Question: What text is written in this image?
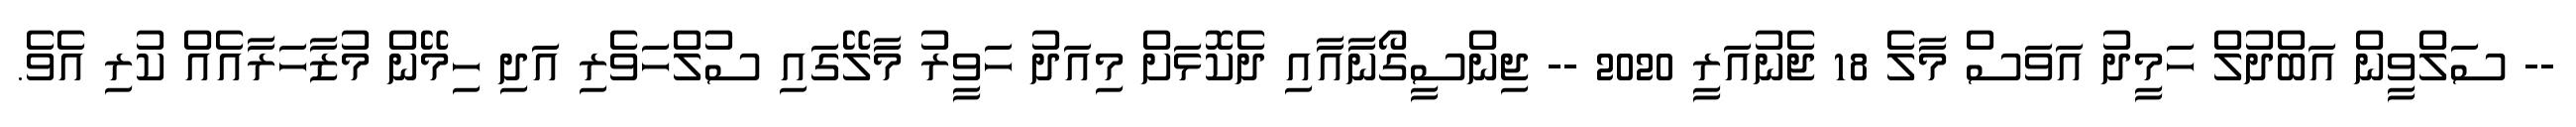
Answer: -- ސަލްވީން އަބްދުލް ހަމީދު އަވަސް މާލެ 18 ޖެނުއަރީ 2020 -- ޖިންސީގޯނާއާއި ދެކޮޅަށް މިއަދު ހަވީރު މާލޭގައި ސުލްހަވެރި އަދި ހިމޭން މުޒާހަރާއެއް ކުރި އެވެ.